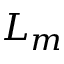
L _ { m }